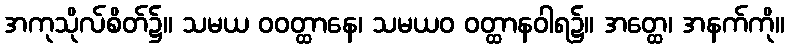
အကုသိုလ်စိတ်၌။ သမယ ဝဝတ္ထာနေ၊ သမယဝ ဝတ္ထာနဝါရ၌။ အတ္ထေ၊ အနက်ကို။